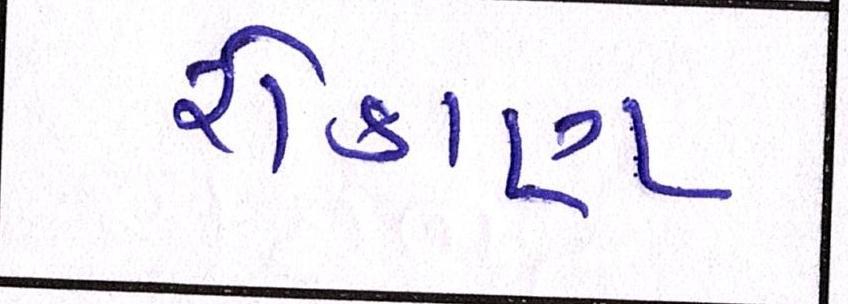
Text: રોકાણ